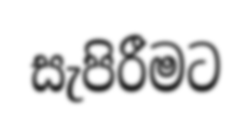
සැපිරීමට